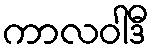
ကာလဝါဒီ